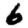
Digit: 6